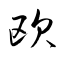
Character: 欧